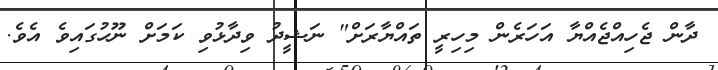
ދާން ޖެހިއްޖެއްޔާ އަހަރެން މިހިރީ ތައްޔާރަށް" ނަޝީދު ވިދާޅުވި ކަމަށް ނޫހުގައިވެ އެވެ.